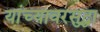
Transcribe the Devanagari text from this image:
यांच्यावरसुद्धा